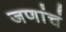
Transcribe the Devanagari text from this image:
जणांचं